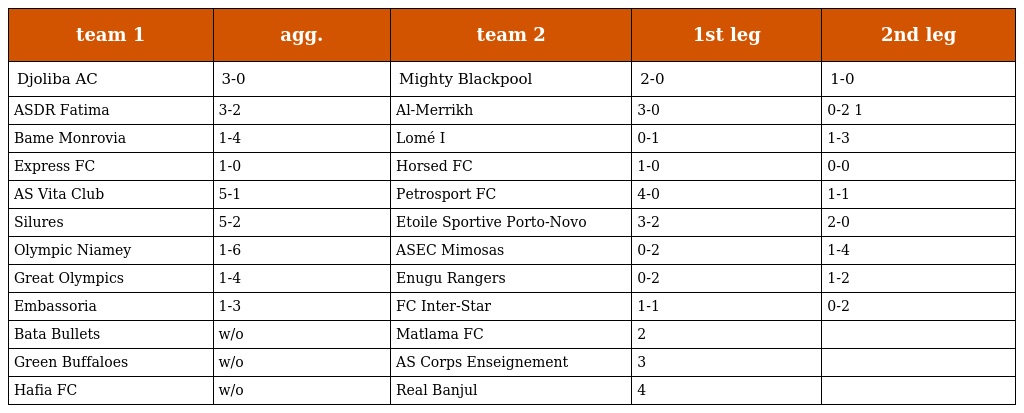
| team 1 | agg. | team 2 | 1st leg | 2nd leg |
 | --- | --- | --- | --- | --- |
 | Djoliba AC | 3-0 | Mighty Blackpool | 2-0 | 1-0 |
 | ASDR Fatima | 3-2 | Al-Merrikh | 3-0 | 0-2 1 |
 | Bame Monrovia | 1-4 | Lomé I | 0-1 | 1-3 |
 | Express FC | 1-0 | Horsed FC | 1-0 | 0-0 |
 | AS Vita Club | 5-1 | Petrosport FC | 4-0 | 1-1 |
 | Silures | 5-2 | Etoile Sportive Porto-Novo | 3-2 | 2-0 |
 | Olympic Niamey | 1-6 | ASEC Mimosas | 0-2 | 1-4 |
 | Great Olympics | 1-4 | Enugu Rangers | 0-2 | 1-2 |
 | Embassoria | 1-3 | FC Inter-Star | 1-1 | 0-2 |
 | Bata Bullets | w/o | Matlama FC | 2 |  |
 | Green Buffaloes | w/o | AS Corps Enseignement | 3 |  |
 | Hafia FC | w/o | Real Banjul | 4 |  |